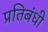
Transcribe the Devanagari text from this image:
प्रतिबंधी